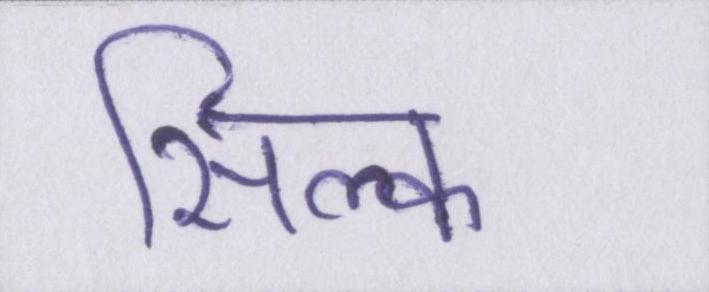
सिल्क